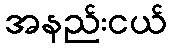
အနည်းငယ်